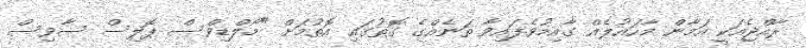
ރާއްޖެއަކީ އަމާން މާހައުލެއް ގާއިމުވެފައިވާ ތަނެއްގެ ގޮތުގައި އޮތުމަށް "މޯލްޑިވްސް ޕޮލިސް ސާވިސް